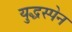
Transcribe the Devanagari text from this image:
युद्धस्पेन